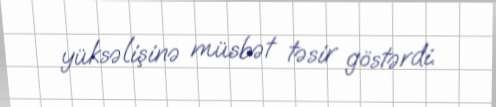
yüksəlişinə müsbət təsir göstərdi.